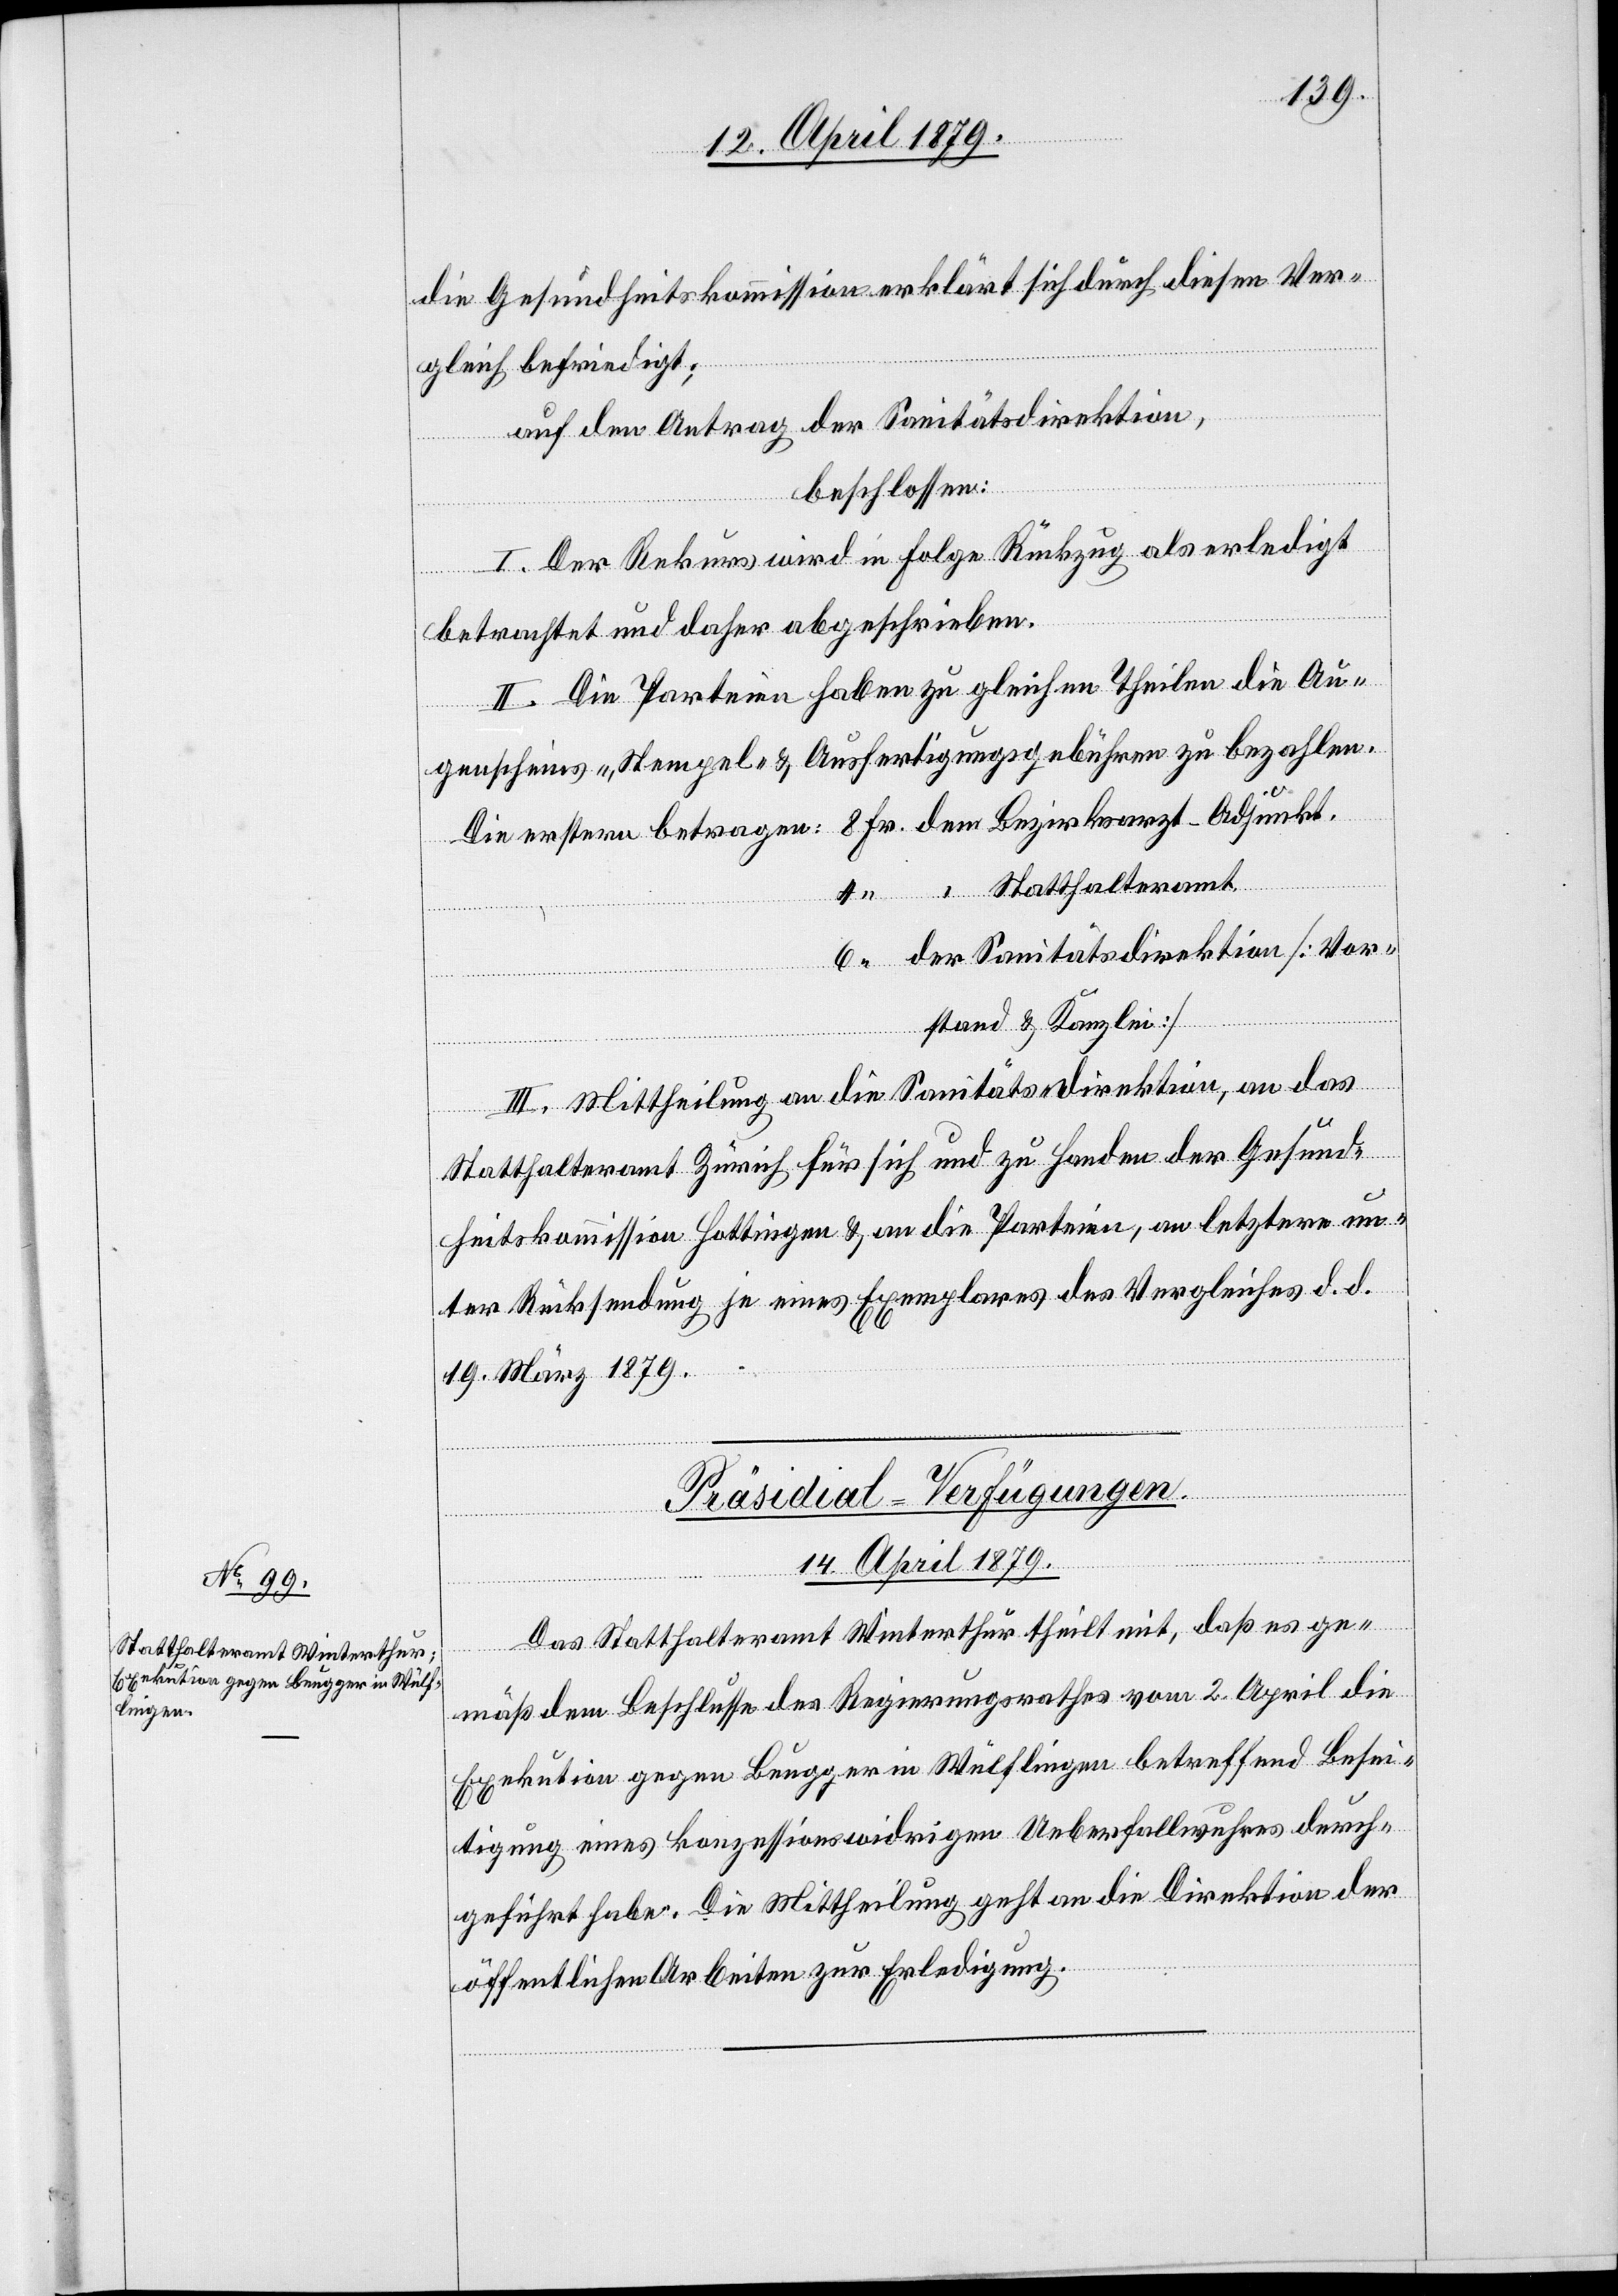
die Gesundheitskommission erklärt sich durch diesen Ver¬
gleich befriedigt;
auf den Antrag der Sanitätsdirektion,
beschlossen:
I. Der Rekurs wird in Folge Rückzug als erledigt
betrachtet und daher abgeschrieben.
II. Die Parteien haben zu gleichen Theilen die Au¬
genscheins-, Stempel- & Ausfertigungsgebühren zu bezahlen.
Die erstern betragen: 8 Fr. dem Bezirksarzt-Adjunkt.
4 “ “ Statthalteramt.
6 “ der Sanitätsdirektion [Vor¬
stand & Kanzlei]
III. Mittheilung an die Sanitätsdirektion, an das
Statthalteramt Zürich für sich und zu Handen der Gesund¬
heitskommission Hottingen & an die Parteien, an letztere un¬
ter Rücksendung je eines Exemplares des Vergleiches d. d.
19. März 1879.
Präsidial-Verfügungen.
14. April 1879.
Das Statthalteramt Winterthur theilt mit, daß es ge¬
mäß dem Beschlusse des Regierungsrathes vom 2. April die
Exekution gegen Beugger in Wülflingen betreffend Besei¬
tigung eines konzessionswidrigen Ueberfallwuhres durch¬
geführt habe. Die Mittheilung geht an die Direktion der
öffentlichen Arbeiten zur Erledigung.